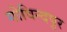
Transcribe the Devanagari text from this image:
गोविन्‍दपुर